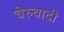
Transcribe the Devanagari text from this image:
चेरुवादी